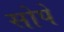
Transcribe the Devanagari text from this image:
सोपें